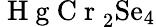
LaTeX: \mathrm{~H~g~C~r~}_{2}\mathrm{Se}_{4}